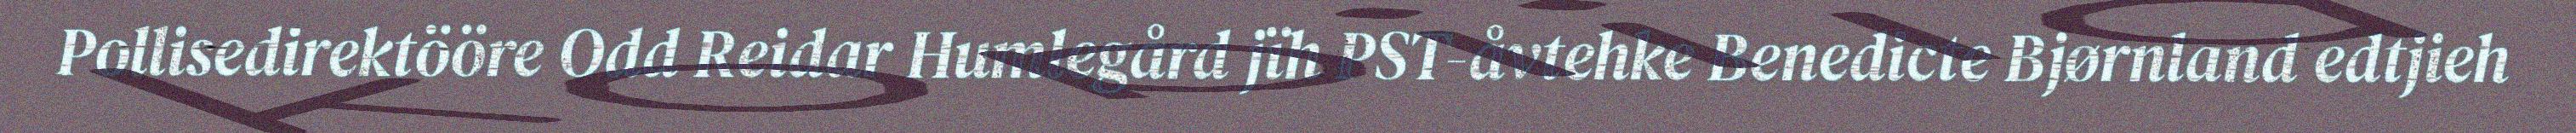
Pollisedirektööre Odd Reidar Humlegård jïh PST-åvtehke Benedicte Bjørnland edtjieh